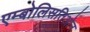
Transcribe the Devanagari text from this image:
एम्बोलिसतिओन